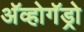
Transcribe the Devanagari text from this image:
अॅव्होगॅड्रो